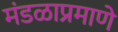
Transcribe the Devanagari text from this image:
मंडळाप्रमाणे